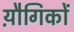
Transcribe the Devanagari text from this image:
य़ौगिकों